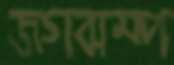
জগঝম্প